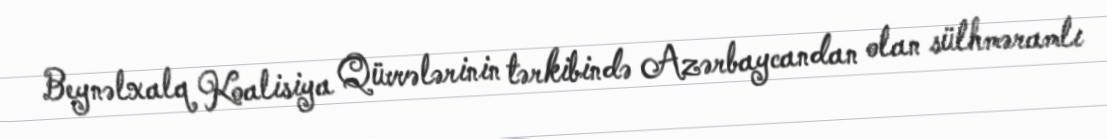
Beynəlxalq Koalisiya Qüvvələrinin tərkibində Azərbaycandan olan sülhməramlı